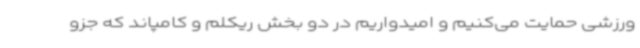
ورزشی حمایت می‌کنیم و امیدواریم در دو بخش ریکلم و کامپاند که جزو